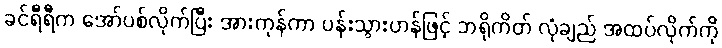
ခင်ရီရီက အော်ပစ်လိုက်ပြီး အားကုန်ကာ ပန်းသွားဟန်ဖြင့် ဘရိုကိတ် လုံချည် အထပ်လိုက်ကို